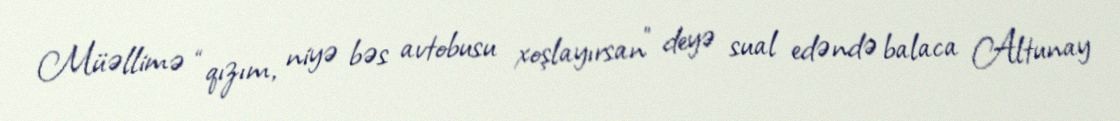
Müəllimə “qızım, niyə bəs avtobusu xoşlayırsan” deyə sual edəndə balaca Altunay